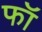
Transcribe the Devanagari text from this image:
फॉ